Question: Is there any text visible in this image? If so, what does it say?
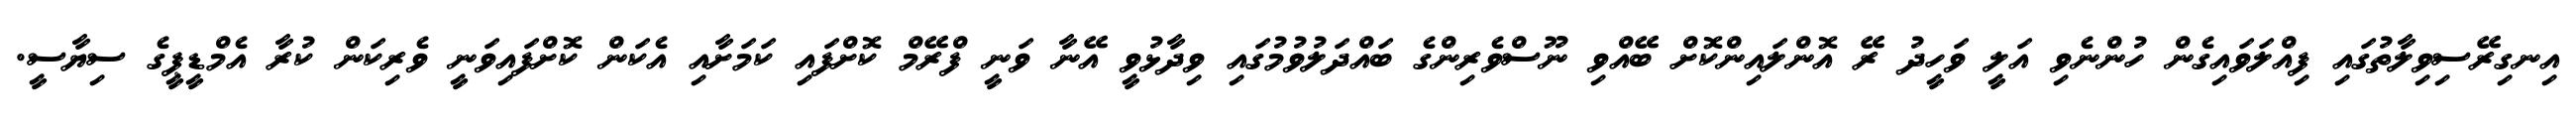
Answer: އިނގިރޭސިވިލާތުގައި ފިއްލަވައިގެން ހުންނެވި އަލީ ވަހީދު ރޭ އޮންލައިންކޮށް ބޭއްވި ނޫސްވެރިންގެ ބައްދަލުވުމުގައި ވިދާޅުވީ އޭނާ ވަނީ ފްރޭމް ކޮށްފައި ކަމަށާއި އެކަން ކޮށްފައިވަނީ ވެރިކަން ކުރާ އެމްޑީޕީގެ ސިޔާސީ.